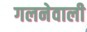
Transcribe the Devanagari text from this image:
गलनेवाली